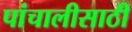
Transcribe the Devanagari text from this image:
पांचालीसाठी